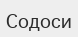
Содоси